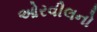
ઓરવીલનો